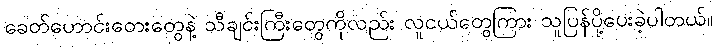
ခေတ်ဟောင်းတေးတွေနဲ့ သီချင်းကြီးတွေကိုလည်း လူငယ်တွေကြား သူပြန်ပို့ပေးခဲ့ပါတယ်။